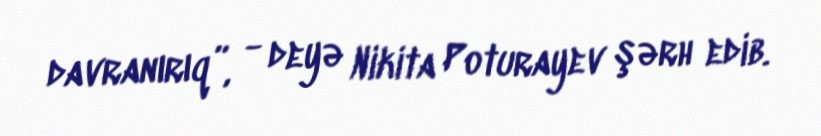
davranırıq”, - deyə Nikita Poturayev şərh edib.